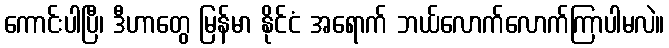
ကောင်းပါပြီ၊ ဒီဟာတွေ မြန်မာ နိုင်ငံ အရောက် ဘယ်လောက်လောက်ကြာပါမလဲ။